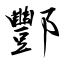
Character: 酆